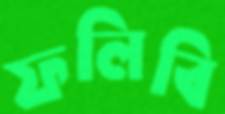
ফলিবি